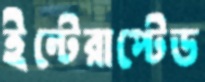
ইন্টেরাপ্টেড